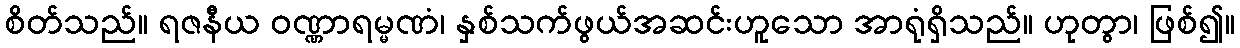
စိတ်သည်။ ရဇနီယ ဝဏ္ဏာရမ္မဏံ၊ နှစ်သက်ဖွယ်အဆင်းဟူသော အာရုံရှိသည်။ ဟုတွာ၊ ဖြစ်၍။